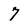
Character: 7